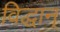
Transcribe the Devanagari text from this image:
विद्धान्‌